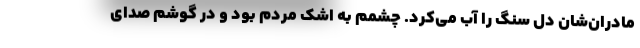
مادران‌شان دل سنگ را آب می‌کرد. چشمم به اشک مردم بود و در گوشم صدای